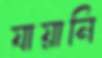
যায়ানি